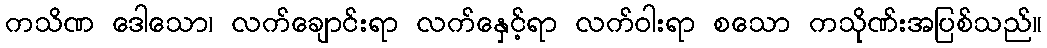
ကသိဏ ဒေါသော၊ လက်ချောင်းရာ လက်နှေင့်ရာ လက်ဝါးရာ စသော ကသိုဏ်းအပြစ်သည်။